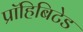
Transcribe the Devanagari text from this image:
प्रॉहिबिटेड